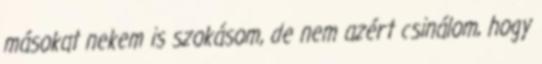
másokat nekem is szokásom, de nem azért csinálom, hogy